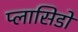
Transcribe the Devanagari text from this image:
प्लासिडो